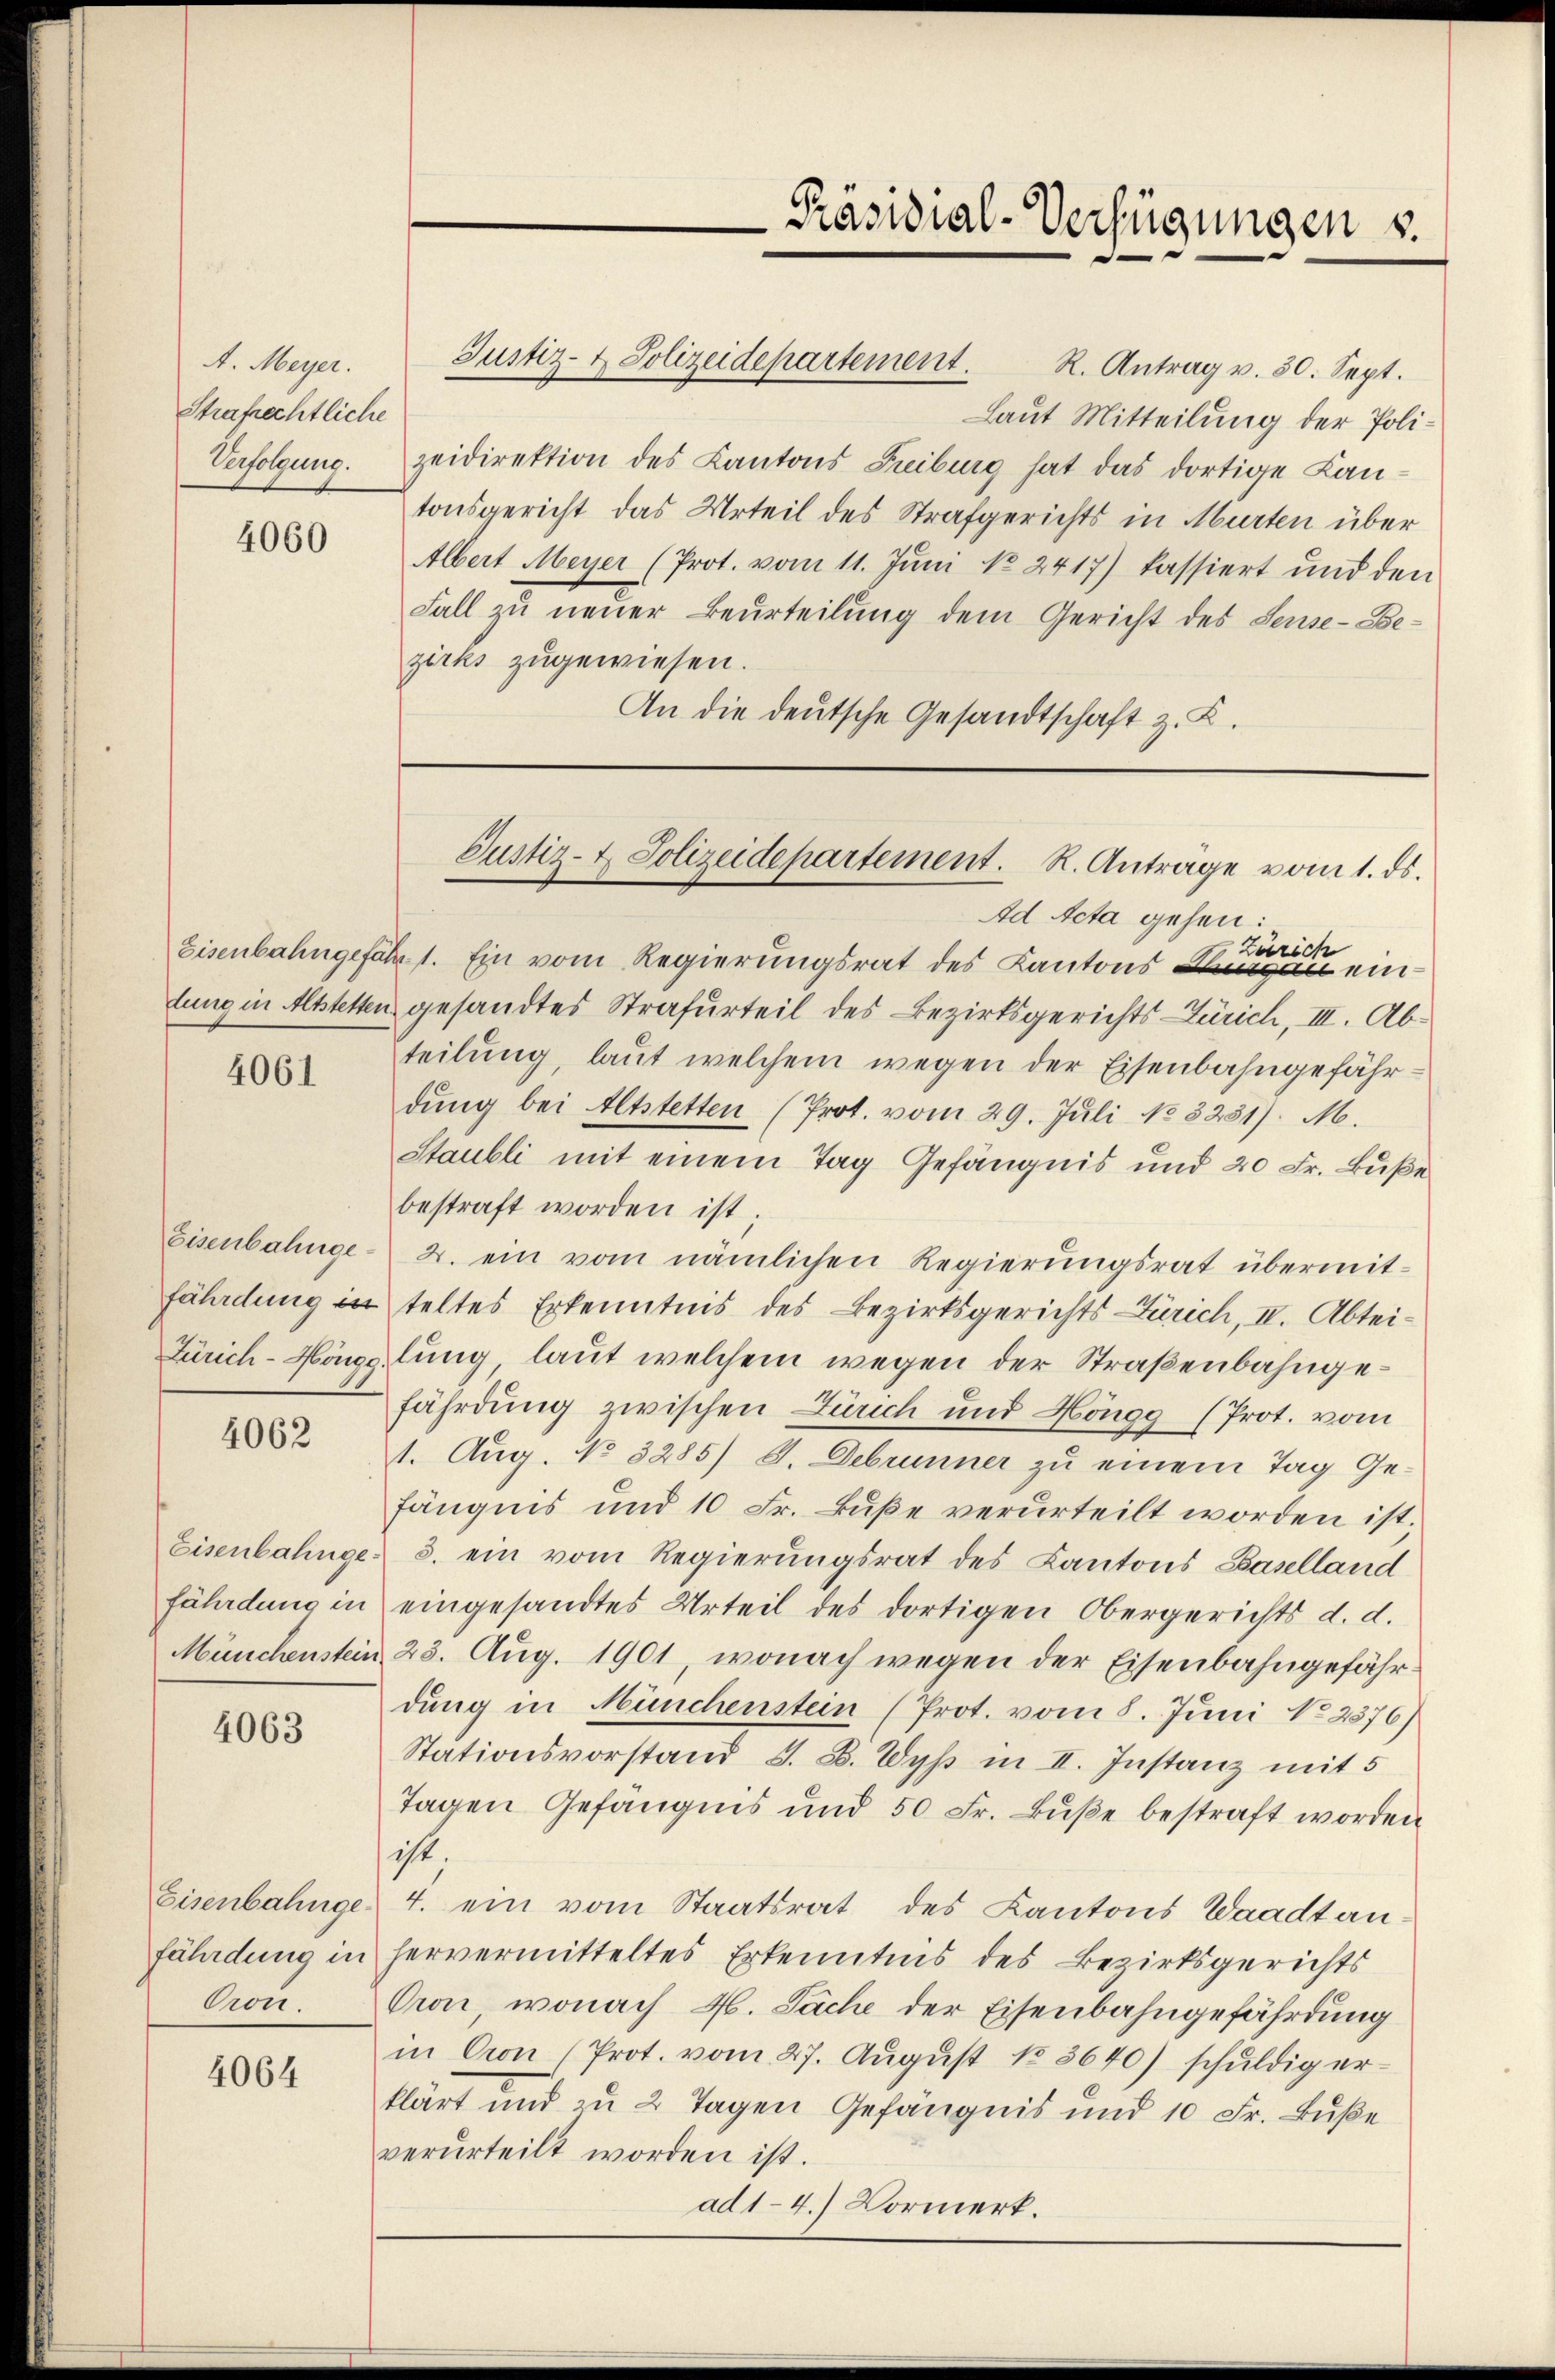
A. Meyer.
Strafrechtliche
Verfolgung.

4060

4061

Eisenbahnge
fährdung in
Zürich-Höngg.

4062

Eisenbahngefährdung in
Münchenstein

4063

Eisenbahngefährdung in
Oron.

4064

R. Antrag v. 30. Sept.
Laut Mitteilung der Polizeidirektion des Kantons Freiburg hat das dortige Lantonsgericht das Urteil des Strafgerichts in Murten über
Albert Meyer (Prot. vom 11. Jŭni No 2417) kassiert und den
Fall zu neuer Beurteilung dem Gericht des Sense-Bezirks zugewiesen.
An die deutsche Gesandtschaft z. B.

Justiz- & Polizeidepartement.

-Präsidial-Verfügungen v.

Ad Acta gehen:
Zürich
Eisenbahngefährt. Ein vom Regierungsrat des Kantons an ein
lung in Altstetten gesandtes Strafurteil des Bezirksgerichts-Zürich, III. Ab-
teilŭng, laut welchem wegen der Eisenbahngefährdung bei Altstetten (Prot. vom 29. Juli No 3231). M.
Staubli mit einem Tag Gefängnis und 20 Fr. Buße
bestraft worden ist;
2. ein vom nämlichen Regierungsrat übermitteltes Erkenntnis des Bezirksgerichts Zürich, II. Abteilung, laut welchem wegen der Straßenbahngefährdung zwischen Zürich und Höngg (Prot. vom
1. Aug. No 3285) S. Debrunner zu einem Tag Ge-
fängnis und 10 Fr. Buße verurteilt worden ist,
3. ein vom Regierungsrat des Kantons Baselland
eingesandtes Urteil des dortigen Obergerichts d. d.
23. Aug. 1901, wonach wegen der Eisenbahngefährdung in Münchenstein (Prot. vom 8. Juni No 2376)
Stationsvorstand S. B. Wyss in II. Instanz mit 5
Tagen Gefängnis und 50 Fr. Buße bestraft worden
ist.
4. ein vom Staatsrat des Kantons Waadt an
hervermitteltes Erkenntnis des Bezirksgerichts
Oron, wonach 4. Sache der Eisenbahngefährdung
in Cron (Prot. vom 27. Aŭgŭst 183640) schŭldig er-
klärt und zu 2 Tagen Gefängnis und 10 Fr. Buße
verurteilt worden ist.
ad 1-4.) Vormerk.

Justiz- & Polizeidepartement. R. Anträge vom 1. ds.